Civil Veterinary Dept. North-West Frontier Province 1933-46 - 1933-1946
Year: 1933
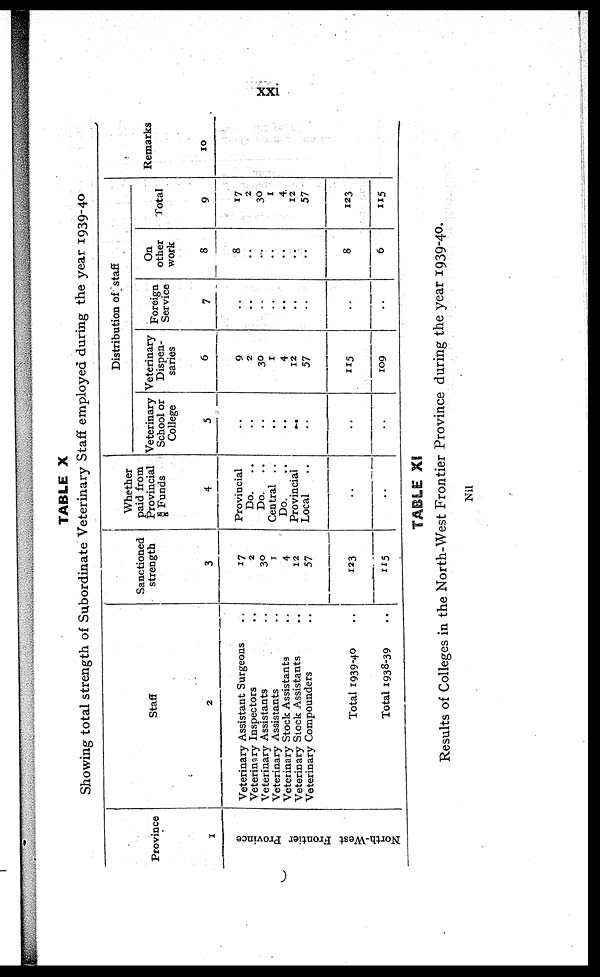
xxi
TABLE X
Showing total strength of Subordinate Veterinary Staff employed during the year 1939-40
Province
1
North-West Frontier Province
Staff
2
Veterinary Assistant Surgeons ..
Veterinary Inspectors ..
Veterinary Assistants ..
Veterinary Assistants ..
Veterinary Stock Assistants ..
Veterinary Stock Assistants
..
Veterinary Compounders
..
Total 1939-40 ..
Total 1938-39
..
Sanctioned
strength
3
17
2
30
1
4
12
57
123
115
Whether
paid from
Provincial
§ Funds
4
Provincial
Do.
..
Do.
..
Central ..
Do.
..
Provincial
Local ..
..
..
Distribution of staff
Veterinary
School or
College
5
..
..
..
..
..
..
..
..
..
Veterinary
Dispen-
saries
6
9
2
30
1
4
12
57
115
109
Foreign
Service
7
..
..
..
..
..
..
..
..
..
On
other
work
8
8
..
..
..
..
..
..
8
6
Total
9
17
2
30
1
4
12
57
123
115
Remarks
10
TABLE XI
Results of Colleges in the North-West Frontier Province during the year 1939-40.
Nil